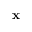
\mathbf { x }